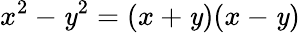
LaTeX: x^{2}-\mathit{y}^{2}=(x+\mathit{y})(x-\mathit{y})